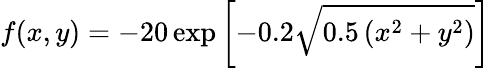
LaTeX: f(x,y)=-20\exp\left[-0.2{\sqrt{0.5\left(x^{2}+y^{2}\right)}}\right]